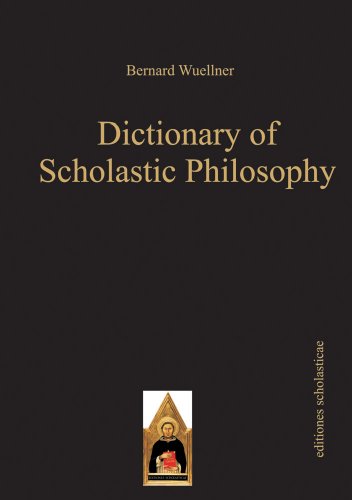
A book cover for Dictionary of Scholastic Philosophy; Bernard Wuellner; Politics & Social Sciences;